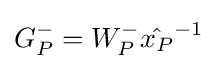
G_{P}^{-}=W_{P}^{-}{\hat {x_{P}}}^{-1}